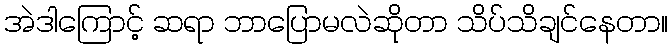
အဲဒါကြောင့် ဆရာ ဘာပြောမလဲဆိုတာ သိပ်သိချင်နေတာ။